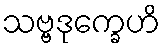
သဗ္ဗဒုက္ခေဟိ